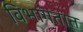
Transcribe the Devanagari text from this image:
विभागतात